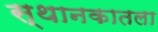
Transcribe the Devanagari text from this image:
स्थानकातला